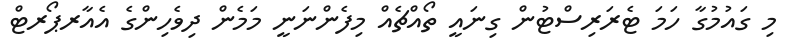
މި ގައުމުގާ ހަމަ ޓެރަރިސްޓުން ގިނައީ ތޯއްޗެއް މިފެންނަނީ މަމެން ދިވެހިންގެ އެެއާރޕޯރޓް